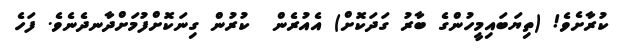
ކުރާށެވެ! (ތިޔަބައިމީހުންގެ ބާރު ގަދަކޮށް) އެއުރެން  ކުރުން ގިނަކޮށްފުމަށްދާނދެނެވެ. ފަހެ